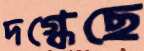
দগ্ধেছে